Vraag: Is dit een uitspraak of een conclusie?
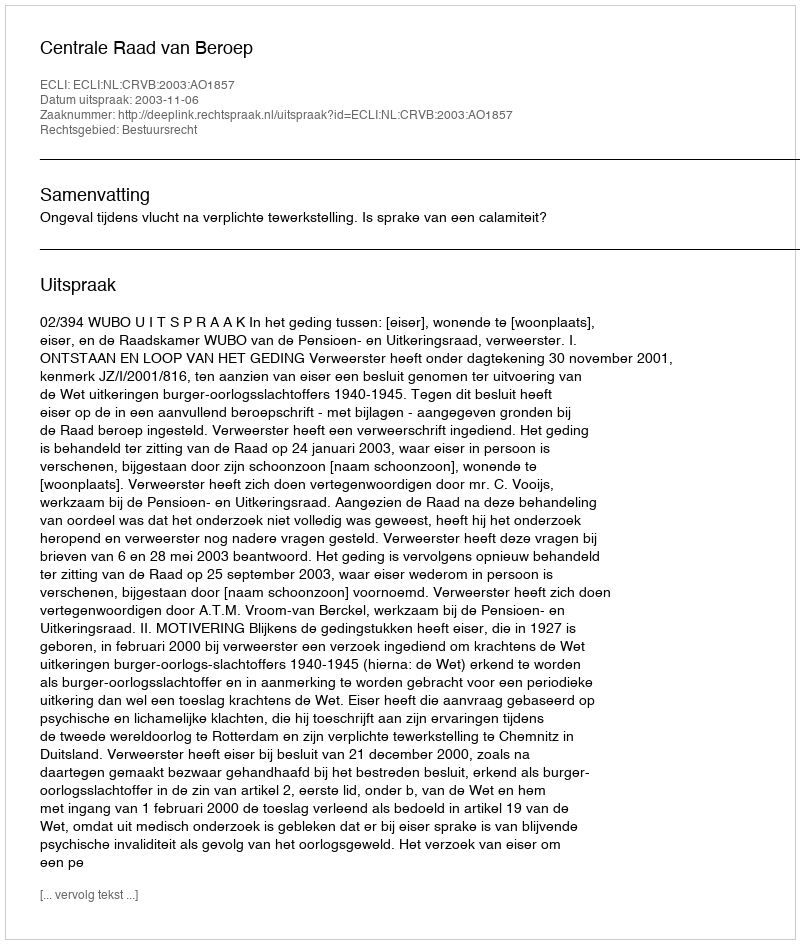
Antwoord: Uitspraak